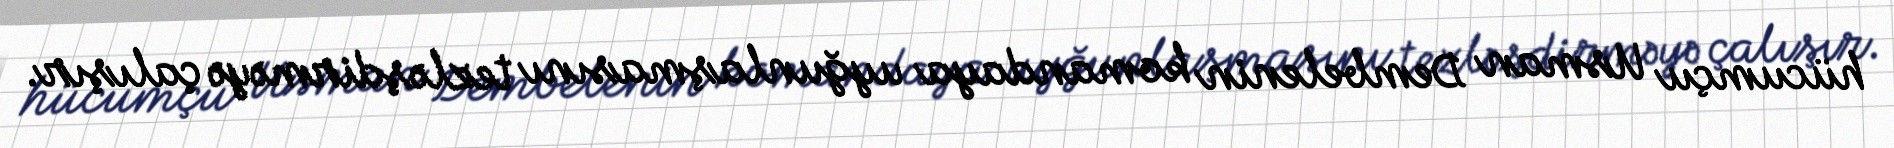
hücumçu Usman Dembelenin komandaya uyğunlaşmasını tezləşdirməyə çalışır.